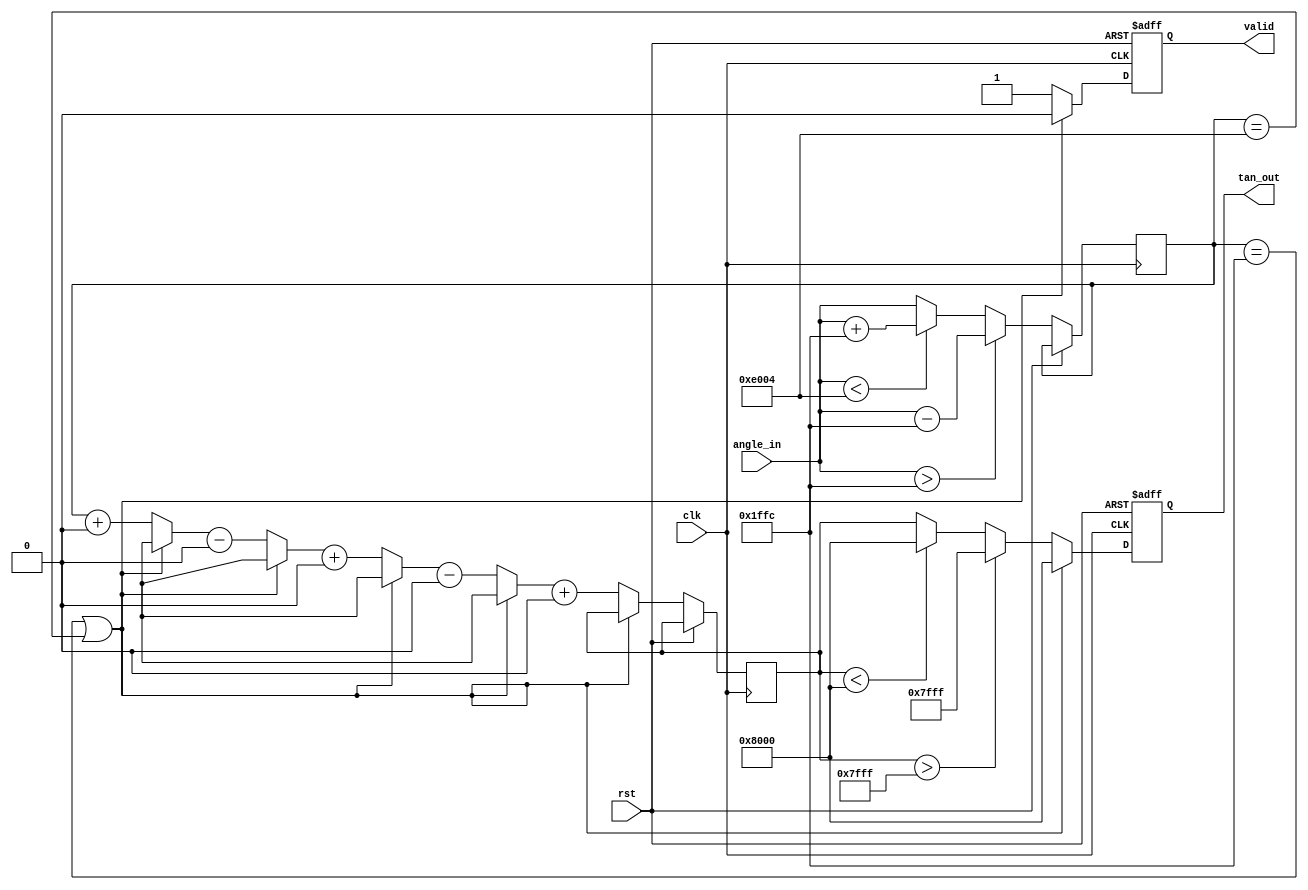
module tan_function (
    input wire clk,
    input wire rst,
    input wire [15:0] angle_in, // Fixed-point representation of angle in radians
    output reg [15:0] tan_out,   // Output fixed-point representation of tangent
    output reg valid              // Output valid signal
);

// Constants for /2 and scaling factor
parameter PI_OVER_2 = 16'h1FFC; // Approximate value of /2 in fixed-point
parameter MAX_TAN_VALUE = 16'h7FFF; // Max representable value for overflow
parameter MIN_TAN_VALUE = 16'h8000; // Min representable value for underflow

// Internal signals
reg [15:0] normalized_angle;
reg [15:0] taylor_approx;

// Function to normalize angle to the range of -/2 to /2
function [15:0] normalize_angle(input [15:0] angle);
    begin
        if (angle > PI_OVER_2) begin
            normalize_angle = angle - 16'h1FFC; // Subtract /2
        end else if (angle < -PI_OVER_2) begin
            normalize_angle = angle + 16'h1FFC; // Add /2
        end else begin
            normalize_angle = angle;
        end
    end
endfunction

// Taylor series approximation for tangent: tan(x)  x + x^3/3 + x^5/5 + ...
function [15:0] taylor_series(input [15:0] x);
    reg [15:0] x_squared;
    reg [15:0] term;
    reg [15:0] sum;
    integer i;
    begin
        x_squared = (x * x) >> 16; // x^2
        sum = x; // Start with x
        term = x; // First term

        // Calculate up to 5 terms in the Taylor series
        for (i = 1; i <= 5; i = i + 1) begin
            term = (term * x_squared) >> 16; // x^2 term
            if (i % 2 == 1) begin
                sum = sum + (term / (i + 1)); // Add odd terms
            end else begin
                sum = sum - (term / (i + 1)); // Subtract even terms
            end
        end
        taylor_series = sum;
    end
endfunction

// Main process
always @(posedge clk or posedge rst) begin
    if (rst) begin
        tan_out <= 16'b0;
        valid <= 1'b0;
    end else begin
        normalized_angle <= normalize_angle(angle_in);
        
        // Check for discontinuities at odd multiples of /2
        if (normalized_angle == PI_OVER_2 || normalized_angle == -PI_OVER_2) begin
            tan_out <= {1'b1, {15{1'b0}}}; // Return NaN or a large value
            valid <= 1'b0;
        end else begin
            taylor_approx <= taylor_series(normalized_angle);
            
            // Check for overflow and underflow
            if (taylor_approx > MAX_TAN_VALUE) begin
                tan_out <= MAX_TAN_VALUE; // Cap at max value
            end else if (taylor_approx < MIN_TAN_VALUE) begin
                tan_out <= MIN_TAN_VALUE; // Cap at min value
            end else begin
                tan_out <= taylor_approx;
            end
            valid <= 1'b1; // Output is valid
        end
    end
end

endmodule